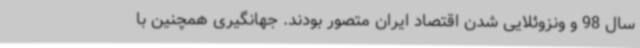
سال 98 و ونزوئلایی شدن اقتصاد ایران متصور بودند. جهانگیری همچنین با